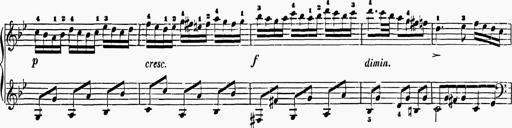
Title: 6 Sonatas
Composer: Muzio Clementi